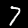
Label: 7